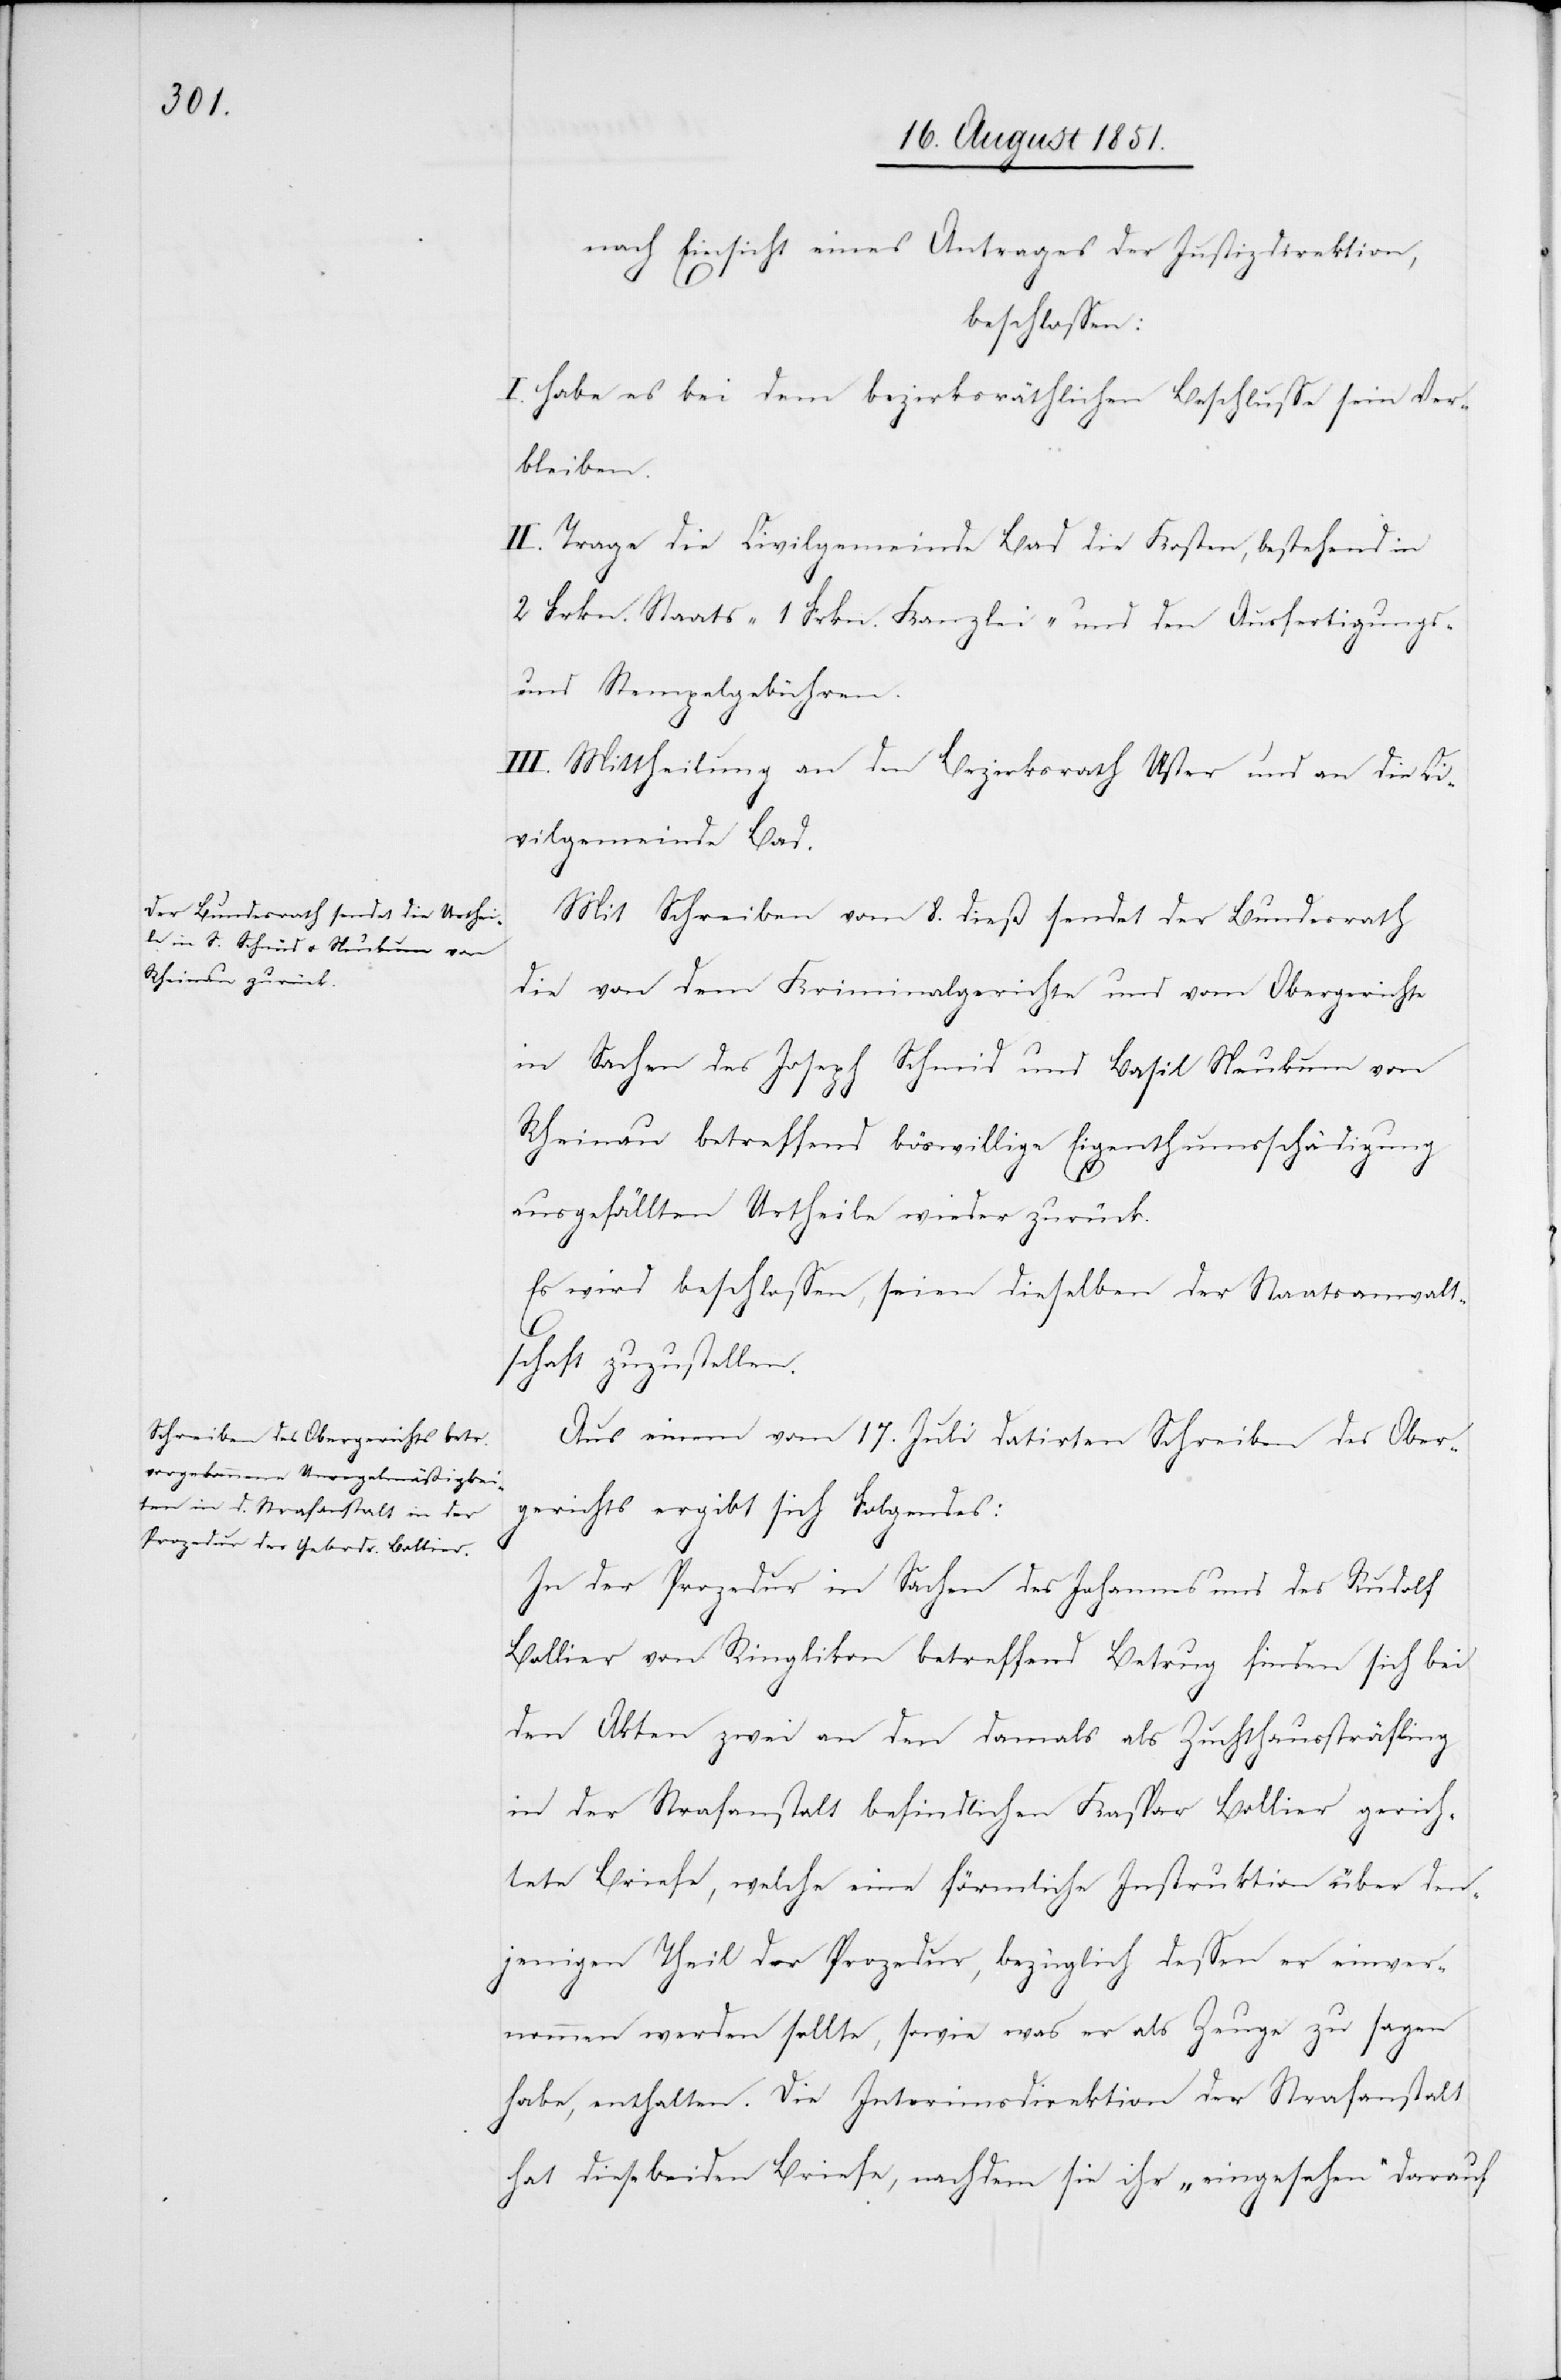
nach Einsicht eines Antrages der Justizdirektion,
beschlossen:
I. Habe es bei dem bezirksräthlichen Beschlusse sein Ver¬
bleiben.
II. Trage die Civilgemeinde Bad die Kosten, bestehend in
2 Frkn. Staats-[,] 1 Frkn. Kanzlei- und den Ausfertigungs-
und Stempelgebühren.
III. Mittheilung an den Bezirksrath Uster und an die Ci¬
vilgemeinde Bad.
Mit Schreiben vom 8. dieß sendet der Bundesrath
die von dem Kriminalgerichte und vom Obergerichte
in Sachen des Joseph Schmid und Basil Neukum von
Rheinau betreffend böswillige Eigenthumsschädigung
ausgefällten Urtheile wieder zurück.
Es wird beschlossen, seien dieselben der Staatsanwalt¬
schaft zuzustellen.
Aus einem vom 17. Juli datirten Schreiben des Ober¬
gerichts ergibt sich Folgendes:
In der Prozedur in Sachen des Johannes und des Rudolf
Bollier von Ringlikon betreffend Betrug finden sich bei
den Akten zwei an den damals als Zuchthaussträfling
in der Strafanstalt befindlichen Kaspar Bollier gerich¬
tete Briefe, welche eine förmliche Instruktion über den¬
jenigen Theil der Prozedur, bezüglich dessen er einver¬
nommen werden sollte, sowie was er als Zeuge zu sagen
habe, enthalten. Die Interimsdirektion der Strafanstalt
hat diese beiden Briefe, nachdem sie ihr „eingesehen“ darauf